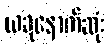
ယခုနောက်ဆုံး